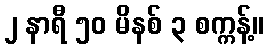
၂ နာရီ ၅၀ မိနစ် ၃ စက္ကန့်။